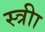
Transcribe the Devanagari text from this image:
स्त्रीा